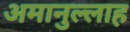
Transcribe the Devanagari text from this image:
अमानुल्लाह